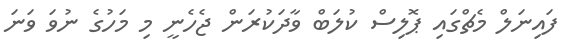
ފައިނަލް މެޗްގައި ޕޮލިސް ކުލަބް ވާދަކުރަން ޖެހެނީ މި މަހުގެ ނުވަ ވަނަ